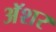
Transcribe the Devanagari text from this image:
अॅशर